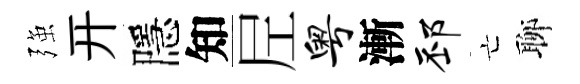
强开隱知𡰱粤漸邳亡聊